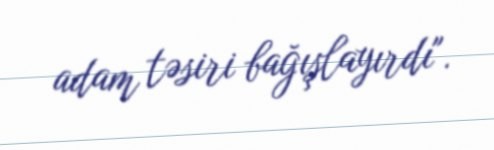
adam təsiri bağışlayırdı".